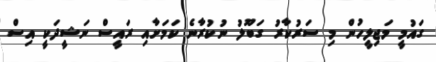
ގައުމީ މަޖިލީހުން މި ސަރުކާރު ގަބޫލު ނުކުރާނެ ކަމަށާއި ރައީސް ނަޝީދަކީ އިސް